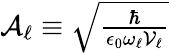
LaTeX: \begin{array}{r}{\mathcal{A}_{\ell}\equiv\sqrt{\frac{\hbar}{\epsilon_{0}\omega_{\ell}\mathcal{V}_{\ell}}}}\end{array}